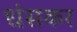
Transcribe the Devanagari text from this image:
धंसकर